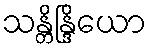
သန္တိန္ဒြိယော